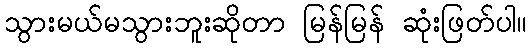
သွားမယ်မသွားဘူးဆိုတာ မြန်မြန် ဆုံးဖြတ်ပါ။